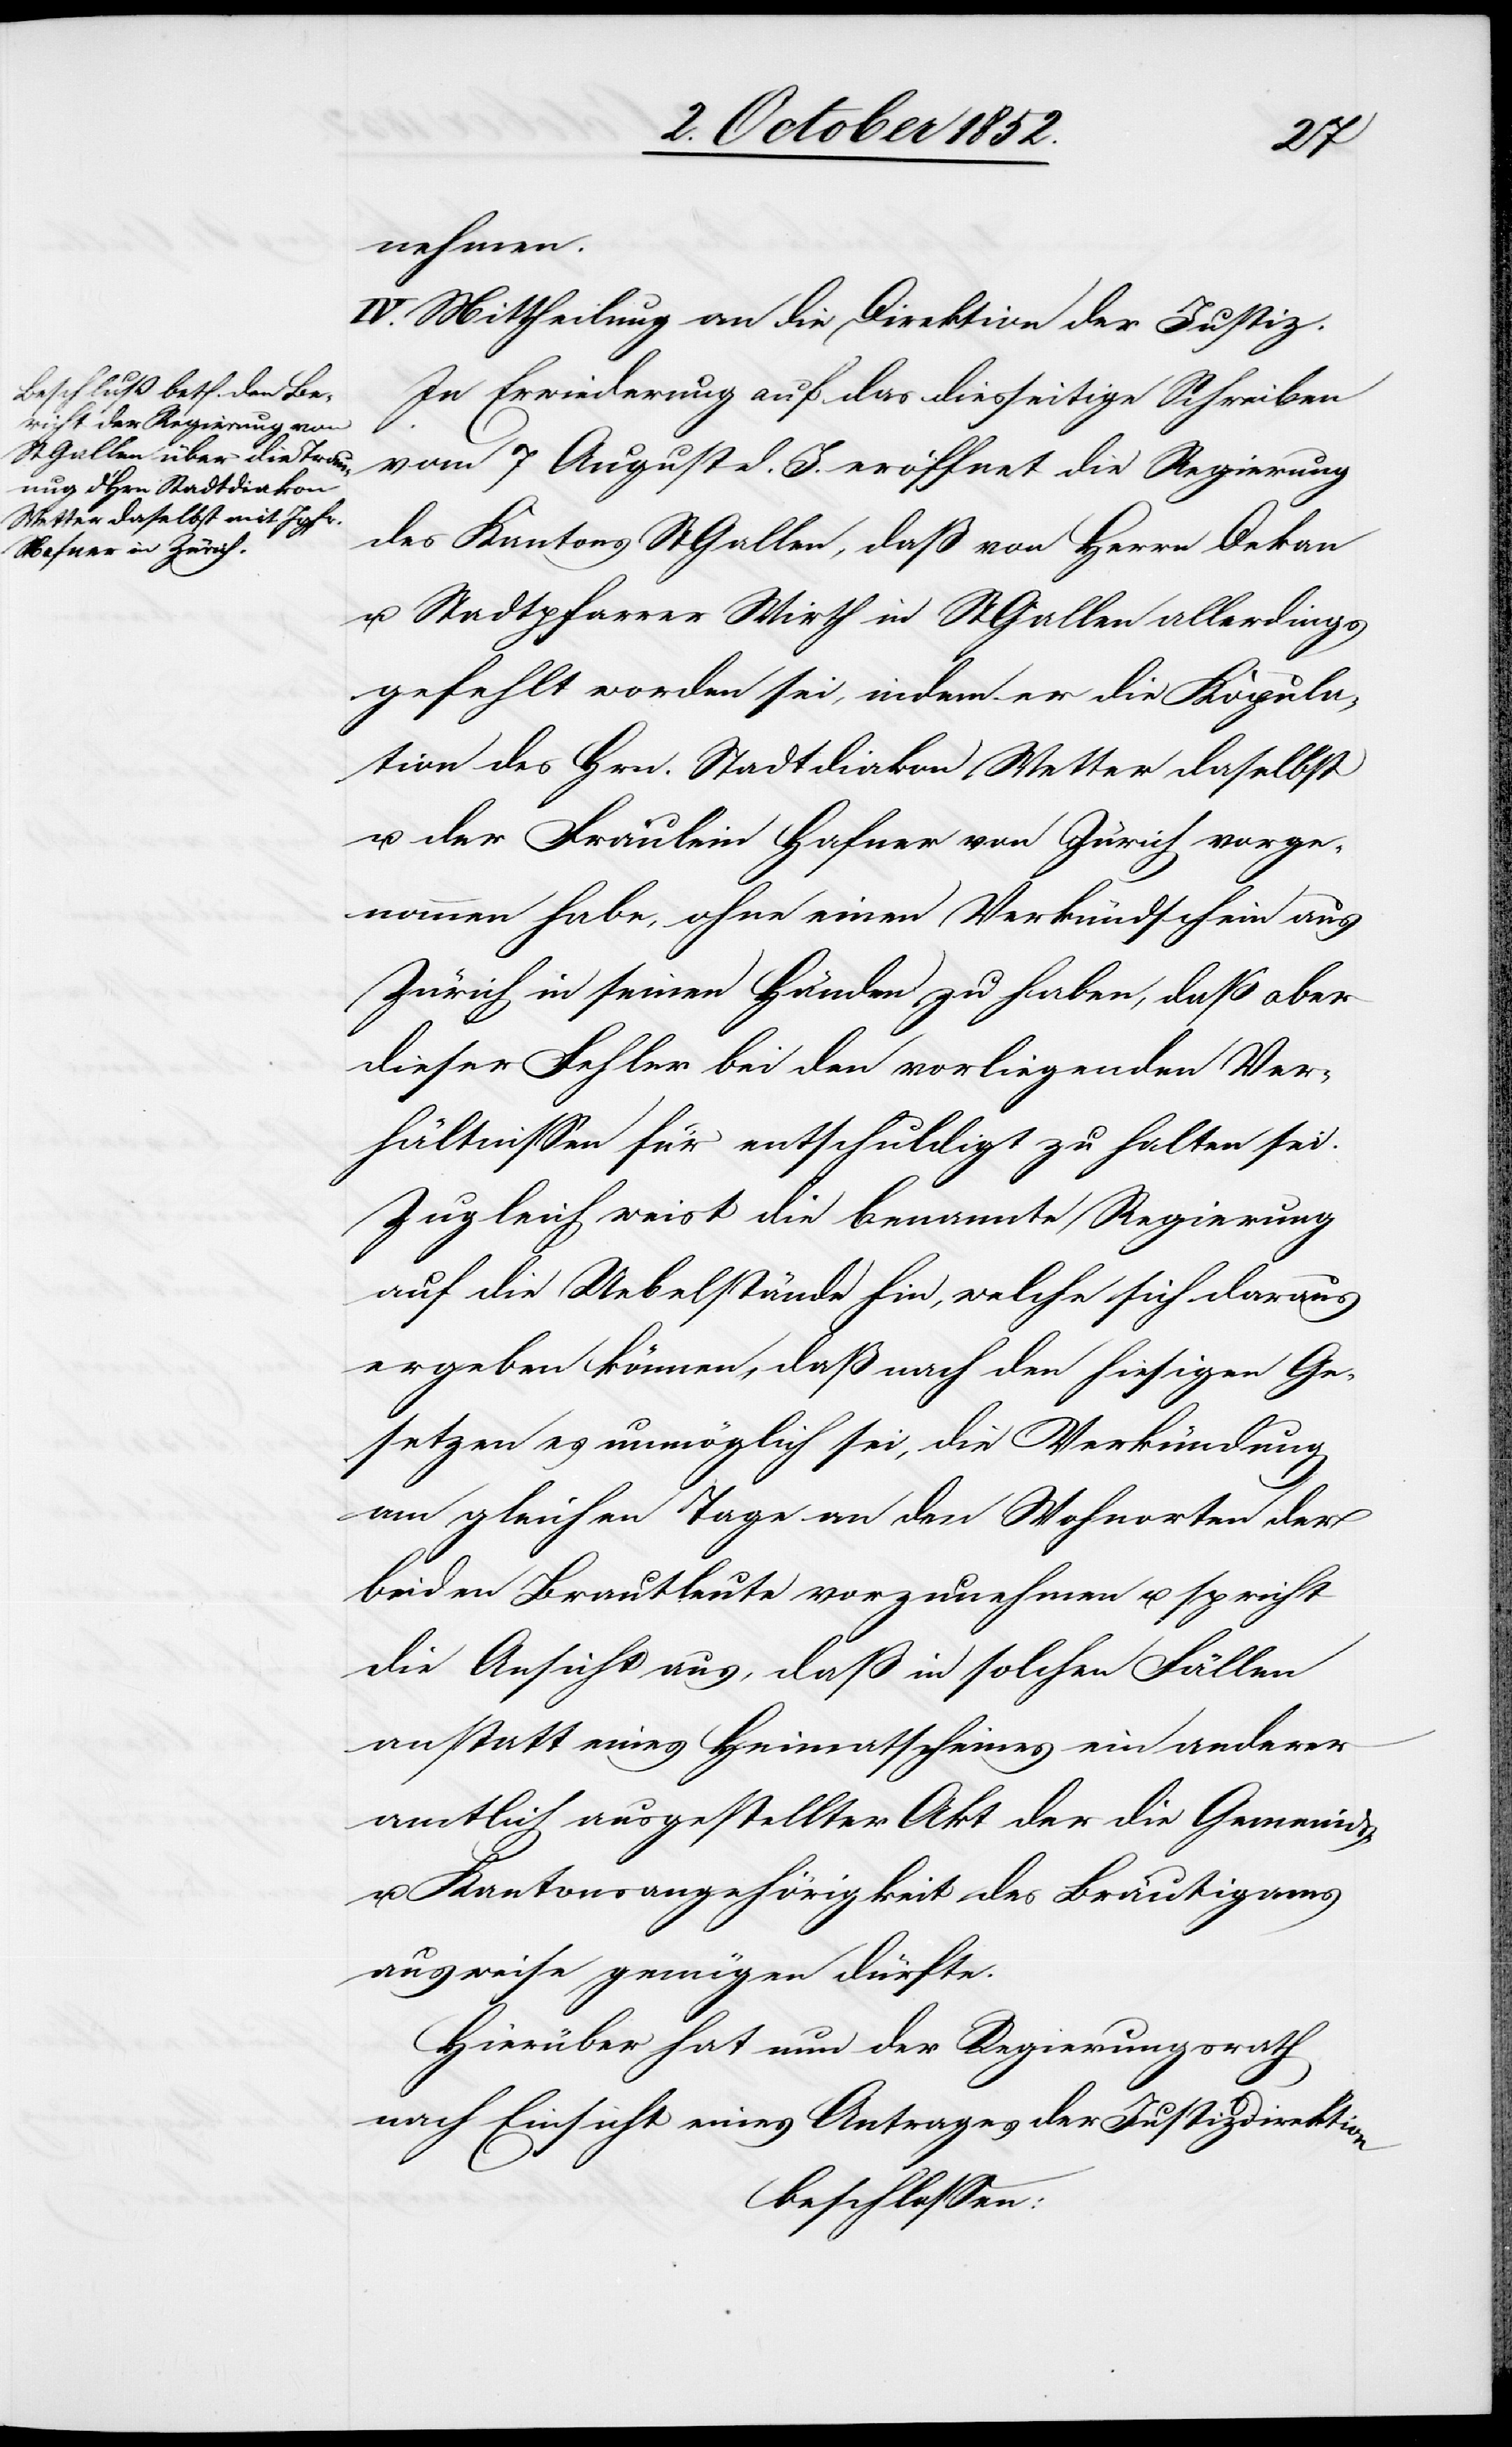
nehmen.
IV. Mittheilung an die Direktion der Justiz.
In Erwiederung auf das diesseitige Schreiben
vom 7 August d. J. eröffnet die Regierung
des Kantons St Gallen, daß von Herrn Dekan
u. Stadtpfarrer Wirth in St Gallen allerdings
gefehlt worden sei, indem er die Kopula¬
tion des Hrn. Stadtdiakon Wetter daselbst
u. der Fräulein Hafner von Zürich vorge¬
nommen habe, ohne einen Verkündschein aus
Zürich in seinen Händen zu haben, daß aber
dieser Fehler bei den vorliegenden Ver¬
hältnissen für entschuldigt zu halten sei.
Zugleich weist die benannte Regierung
auf die Uebelstände hin, welche sich daraus
ergeben können, daß nach den hiesigen Ge¬
setzen es unmöglich sei, die Verkündung
am gleichen Tage an den Wohnorten der
beiden Brautleute vorzunehmen u. spricht
die Ansicht aus, daß in solchen Fällen
anstatt eines Heimatscheines ein anderer
amtlich ausgestellter Akt der die Gemeinds-
u. Kantonsangehörigkeit des Bräutigams
ausweise genügen dürfte.
Hierüber hat nun der Regierungsrath
nach Einsicht eines Antrages der Justizdirektion
beschlossen: